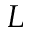
L